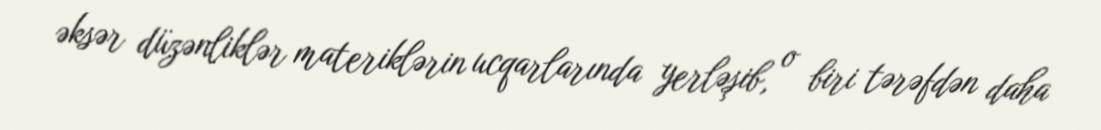
əksər düzənliklər materiklərin ucqarlarında yerləşib, o biri tərəfdən daha